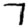
Digit: 7